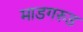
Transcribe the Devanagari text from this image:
माडगरुड